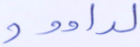
لداوود